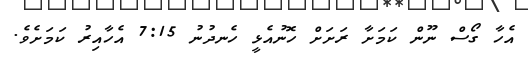
އެހާ ގޯސް ނޫން ކަމަށާ ރަށަށް ހޮނުއެޅީ ހެނދުނު 7:15 އެހާއިރު ކަމަށެވެ.